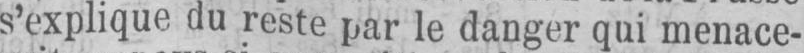
s’explique du reste par le danger qui menace-